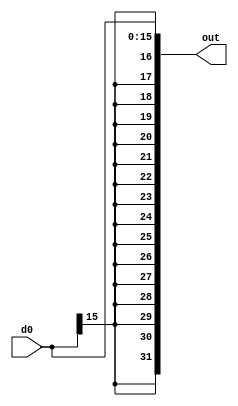
module sign_ext (input [15:0] d0,
        output [31:0]  out
        );  
    assign out = { {16{d0[15]}}, d0[15:0]};
endmodule